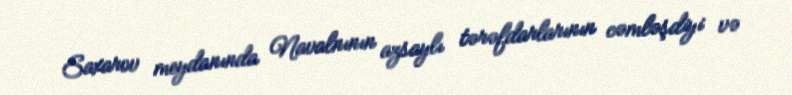
Saxarov meydanında Navalnının azsaylı tərəfdarlarının cəmləşdiyi və